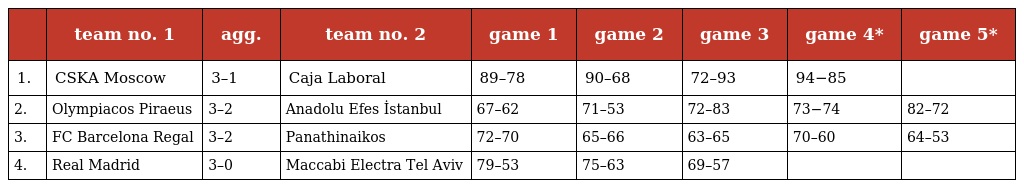
|  | team no. 1 | agg. | team no. 2 | game 1 | game 2 | game 3 | game 4* | game 5* |
 | --- | --- | --- | --- | --- | --- | --- | --- | --- |
 | 1. | CSKA Moscow | 3–1 | Caja Laboral | 89–78 | 90–68 | 72–93 | 94−85 |  |
 | 2. | Olympiacos Piraeus | 3–2 | Anadolu Efes İstanbul | 67–62 | 71–53 | 72–83 | 73−74 | 82–72 |
 | 3. | FC Barcelona Regal | 3–2 | Panathinaikos | 72–70 | 65–66 | 63–65 | 70–60 | 64–53 |
 | 4. | Real Madrid | 3–0 | Maccabi Electra Tel Aviv | 79–53 | 75–63 | 69–57 |  |  |